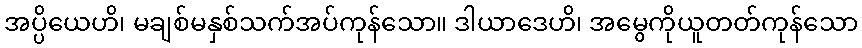
အပ္ပိယေဟိ၊ မချစ်မနှစ်သက်အပ်ကုန်သော။ ဒါယာဒေဟိ၊ အမွေကိုယူတတ်ကုန်သော